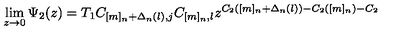
\lim _ { z \rightarrow 0 } \Psi _ { 2 } ( z ) = T _ { 1 } C _ { [ m ] _ { n } + \Delta _ { n } ( l ) , j } C _ { [ m ] _ { n } , l } z ^ { C _ { 2 } ( [ m ] _ { n } + \Delta _ { n } ( l ) ) - C _ { 2 } ( [ m ] _ { n } ) - C _ { 2 } }